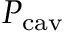
P _ { \mathrm { c a v } }